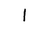
Letter: _alif